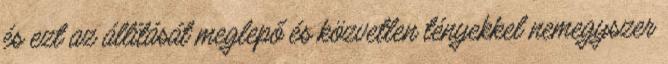
és ezt az állítását meglepő és közvetlen tényekkel nemegyszer